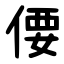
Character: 偠